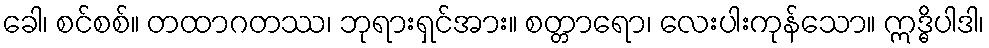
ခေါ၊ စင်စစ်။ တထာဂတဿ၊ ဘုရားရှင်အား။ စတ္တာရော၊ လေးပါးကုန်သော။ ဣဒ္ဓိပါဒါ၊